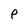
Character: P